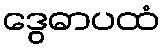
ဒွေဓာပထံ